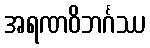
အရဏဝိဘင်္ဂဿ